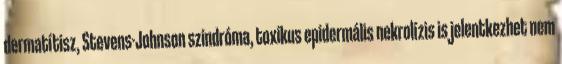
dermatítisz, Stevens-Johnson szindróma, toxikus epidermális nekrolízis is jelentkezhet nem